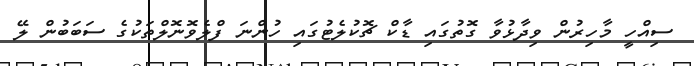
ސިއްހީ މާހިރުން ވިދާޅުވާ ގޮތުގައި ޑާކް ޗޮކުލެޓުގައި ހުންނަ ފްލެވޮނޮލްތަކުގެ ސަބަބުން ލޭ